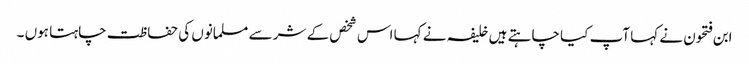
ابن فتحون نے کہا آپ کیا چاہتے ہیں خلیفہ نے کہا اس شخص کے شر سے مسلمانوں کی حفاظت چاہتا ہوں ۔